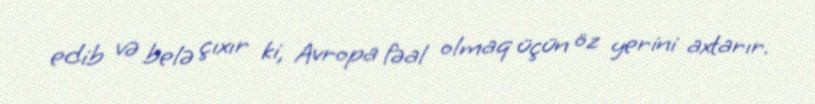
edib və belə çıxır ki, Avropa fəal olmaq üçün öz yerini axtarır.